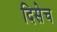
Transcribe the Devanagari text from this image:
दिसेच